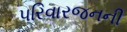
પરિવારજનની